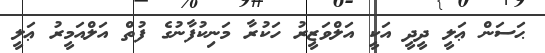
ޙަސަން ޢަލީ ދީދީ އަކީ އަލްވަޒީރު ހަކުރާ މަނިކުފާނުގެ ފުތް އަލްއަމީރު ޢަލީ